Cholera in India, 1862 to 1881
Year: 1862
Disease focus: Cholera
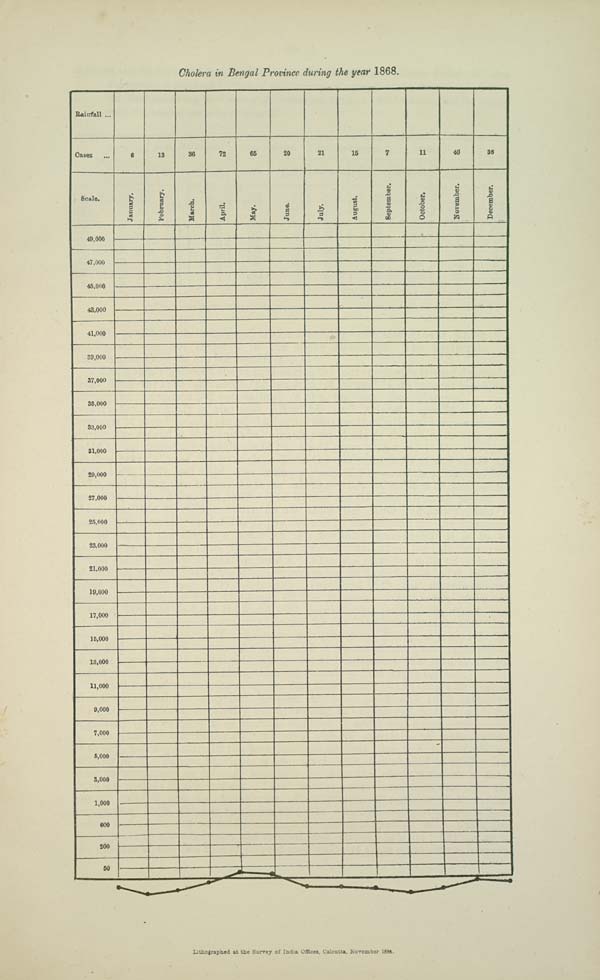
Cholera in Bengal Province during the year 1868.
Lithographed at the Survey of India Offices, Calcutta, November 1884.